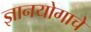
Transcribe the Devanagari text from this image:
ज्ञानयोगाचे